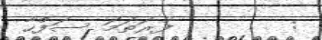
:        ފުރަތަމަ ސަފްހާ